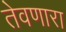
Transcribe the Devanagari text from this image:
तेवणारा